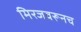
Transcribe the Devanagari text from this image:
मिरजवरूनच